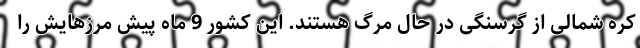
کره شمالی از گرسنگی در حال مرگ هستند. این کشور 9 ماه پیش مرزهایش را